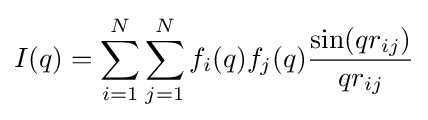
I(q)=\sum _{i=1}^{N}\sum _{j=1}^{N}f_{i}(q)f_{j}(q){\frac {\sin(qr_{ij})}{qr_{ij}}}